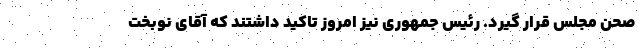
صحن مجلس قرار گیرد. رئیس جمهوری نیز امروز تاکید داشتند که آقای نوبخت